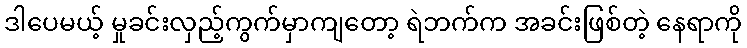
ဒါပေမယ့် မှုခင်းလှည့်ကွက်မှာကျတော့ ရဲဘက်က အခင်းဖြစ်တဲ့ နေရာကို